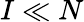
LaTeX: I\ll N